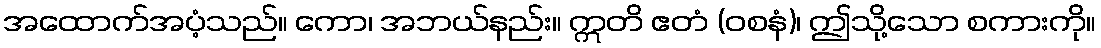
အထောက်အပံ့သည်။ ကော၊ အဘယ်နည်း။ ဣတိ ဧတံ (ဝစနံ)၊ ဤသို့သော စကားကို။